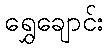
ရွှေချောင်း